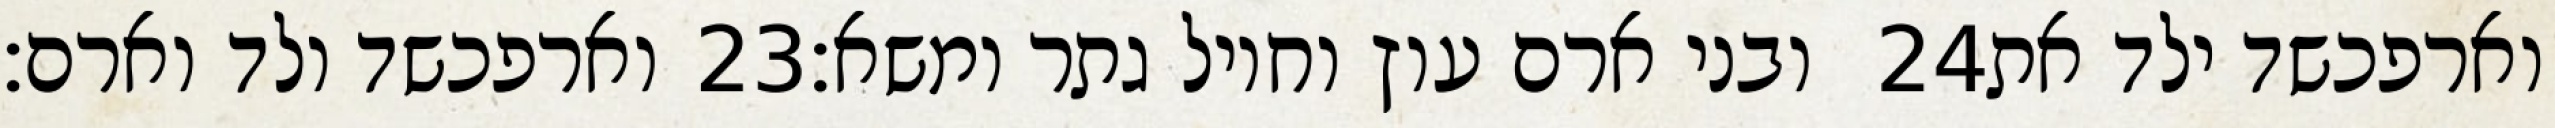
וארפכשד ולד וארם׃ ‎23‏ ובני ארם עוץ וחויל גתר ומשא׃ ‎24‏ וארפכשד ילד את